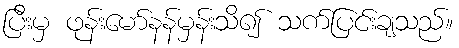
ပြီးမှ ဖုန်းမော်နန်မှန်းသိ၍ သက်ပြင်းချသည်။